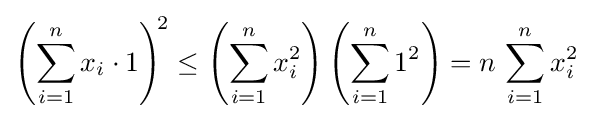
\left(\sum _{i=1}^{n}x_{i}\cdot 1\right)^{\!2}\leq \left(\sum _{i=1}^{n}x_{i}^{2}\right)\left(\sum _{i=1}^{n}1^{2}\right)=n\,\sum _{i=1}^{n}x_{i}^{2}